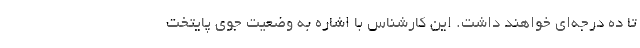
تا ده درجه‌ای خواهند داشت. این کارشناس با اشاره به وضعیت جوی پایتخت